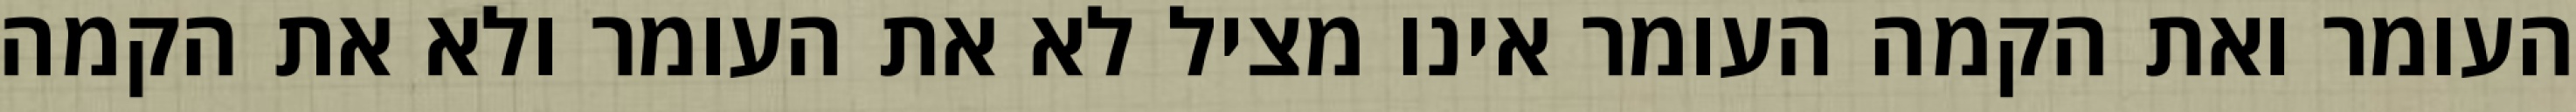
העומר ואת הקמה העומר אינו מציל לא את העומר ולא את הקמה